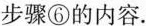
步骤⑥的内容.